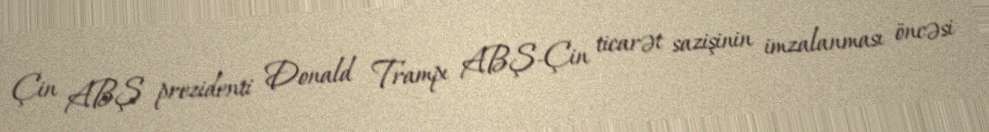
Çin ABŞ prezidenti Donald Trampı ABŞ-Çin ticarət sazişinin imzalanması öncəsi